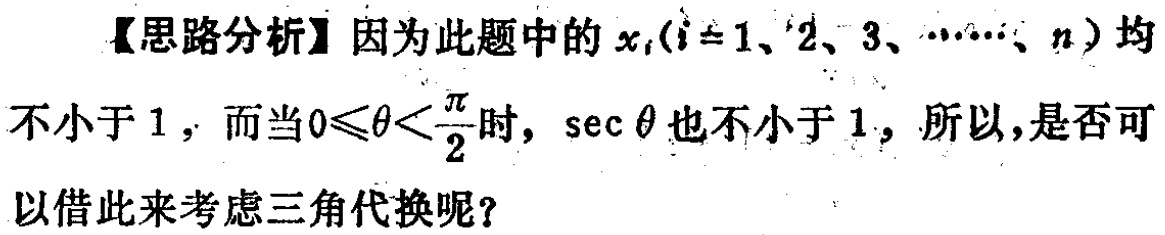
【思路分析】因为此题中的\(x_{i}(i = 1、2、3、\cdots、n)\)均不小于\(1\)，而当\(0\leqslant\theta<\frac{\pi}{2}\)时，\(\sec\theta\)也不小于\(1\)，所以，是否可以借此来考虑三角代换呢？